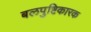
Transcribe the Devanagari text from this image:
बलपुष्टिकारक